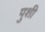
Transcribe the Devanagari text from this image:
पुशी